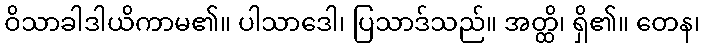
ဝိသာခါဒါယိကာမ၏။ ပါသာဒေါ၊ ပြသာဒ်သည်။ အတ္ထိ၊ ရှိ၏။ တေန၊